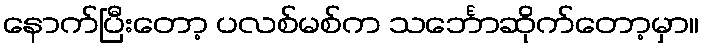
နောက်ပြီးတော့ ပလစ်မစ်က သင်္ဘောဆိုက်တော့မှာ။